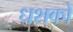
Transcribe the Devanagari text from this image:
धशकों